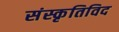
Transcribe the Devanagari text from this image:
संस्कृतिविद